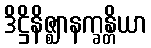
ဒိဋ္ဌိနိဇ္ဈာနက္ခန္တိယာ